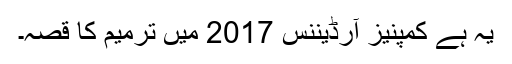
یہ ہے کمپنیز آرڈیننس 2017 میں ترمیم کا قصہ۔